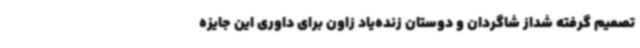
تصمیم گرفته شداز شاگردان و دوستان زنده‌یاد زاون برای داوری این جایزه